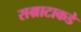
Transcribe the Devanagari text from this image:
सम्राटाकडे